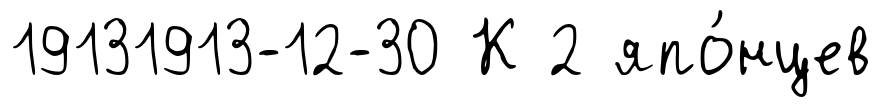
19131913-12-30 К 2 япо́нцев